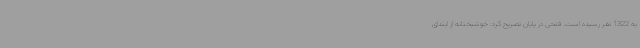
به 1322 نفر رسیده است. فتحی در پایان تصریح کرد: خوشبختانه از ابتدای